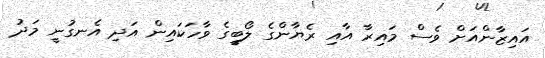
އައިޒާންއަށް ވެސް މައިރާ އާއި ރެޔާންގެ ލޯބީގެ ވާހަކައިން އަދި އެނގުނީ މަދު